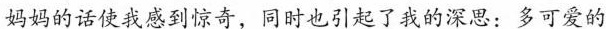
妈妈的话使我感到惊奇，同时也引起了我的深思：多可爱的